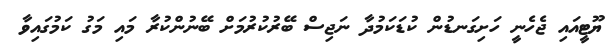
ޔޫޓީއައި ޖެހެނީ ހަށިގަނޑުން ކުޑަކަމުދާ ނަޖިސް ބޭރުކުރުމަށް ބޭނުންކުރާ މައި މަގު ކަމުގައިވާ